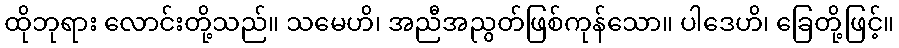
ထိုဘုရား လောင်းတို့သည်။ သမေဟိ၊ အညီအညွတ်ဖြစ်ကုန်သော။ ပါဒေဟိ၊ ခြေတို့ဖြင့်။